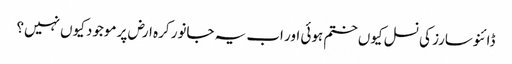
ڈائنوسارز کی نسل کیوں ختم ہوئی اور اب یہ جانور کرہ ارض پر موجود کیوں نہیں؟